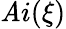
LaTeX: \mathit{A}i(\xi)